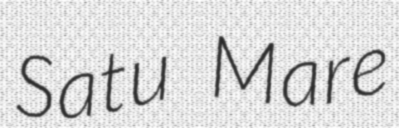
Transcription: Satu Mare